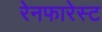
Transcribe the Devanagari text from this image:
रेनफारेस्ट